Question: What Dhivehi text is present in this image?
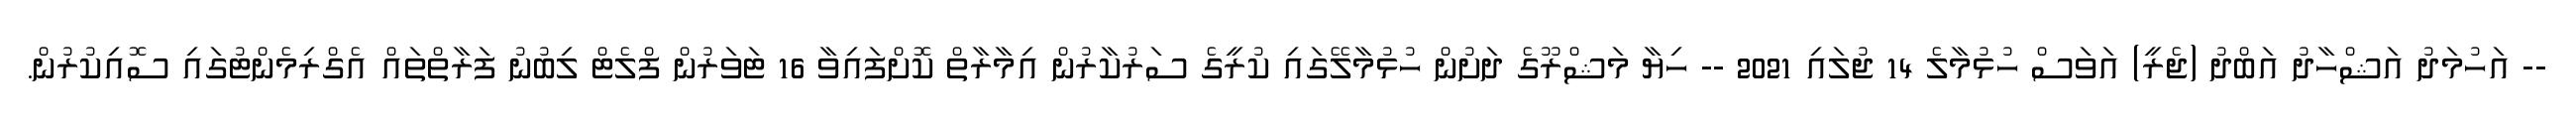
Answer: -- އަހުމަދު އަޝްހާދު އަބްދު (ޖެރީ) އަވަސް ހުޅުމާލެ 14 ޖުލައި 2021 -- ހިޔާ މަޝްރޫގެ ދަށުން ހުޅުމާލޭގައި ކުރީގެ ސަރުކާރުން އިމާރާތް ކޮށްފައިވާ 16 ޓަވަރުން ފްލެޓް ލިބުނު ފަރާތްތައް އެގްރިމެންޓުގައި ސޮއިކުރުން.